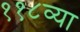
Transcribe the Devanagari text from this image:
११८व्या